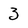
Character: 3